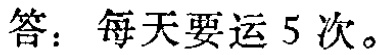
答：每天要运 5 次。